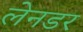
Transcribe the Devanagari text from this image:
लेनडर